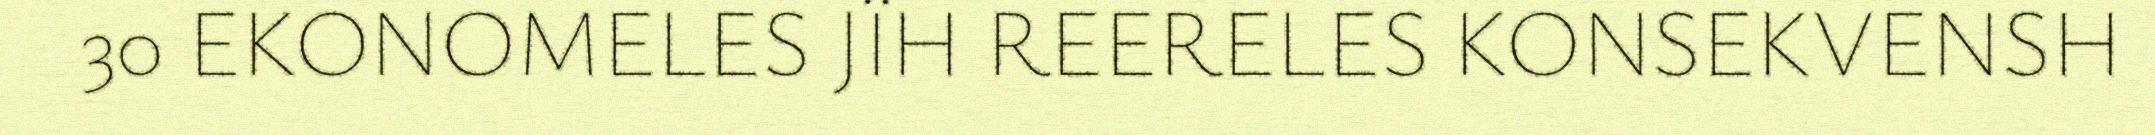
30 EKONOMELES JÏH REERELES KONSEKVENSH